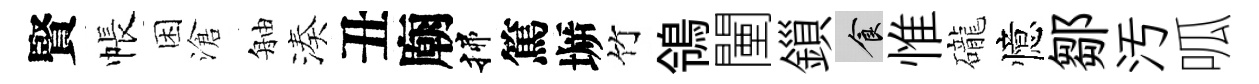
賢帳困滄舳湊丑廟揲篤󶱲竹鴒闉鎻食惟礲憶鄒汚呱